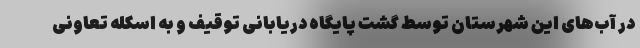
در آب‌های این شهرستان توسط گشت پایگاه دریابانی توقیف و به اسکله تعاونی